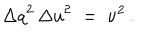
{ \Delta q } ^ { 2 } \, { \Delta u } ^ { 2 } \; = \; \nu ^ { 2 } \, .